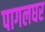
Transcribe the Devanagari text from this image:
पागलघर